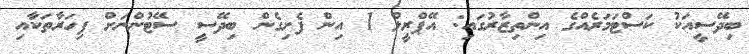
ބިދޭސީއަކު ކަސްޓަމަރެއްގެ އިންތިޒާރުގައި: އޭޕްރީލް 1 އިން ފެށިގެން ބިދޭސީ ސޭޓުންނަށް ފިހަރާތަކާއި